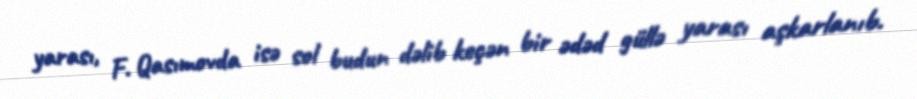
yarası, F. Qasımovda isə sol budun dəlib keçən bir ədəd güllə yarası aşkarlanıb.